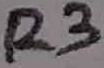
Text: R3